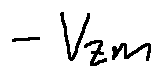
- V z m